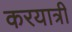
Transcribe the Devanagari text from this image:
करयात्री